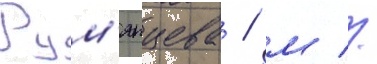
Рум'янцева / м //